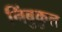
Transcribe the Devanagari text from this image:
निंबुकुल